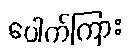
ပေါက်ကြား